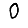
Digit: 0